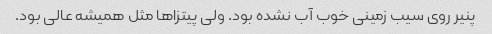
پنیر روی سیب زمینی خوب آب نشده بود. ولی پیتزاها مثل همیشه عالی بود.